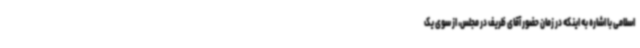
اسلامی با اشاره به اینکه در زمان حضور آقای ظریف در مجلس، از سوی یک